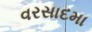
વરસાદમા